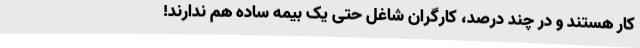
کار هستند و در چند درصد، کارگران شاغل حتی یک بیمه ساده هم ندارند!